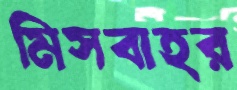
মিসবাহর